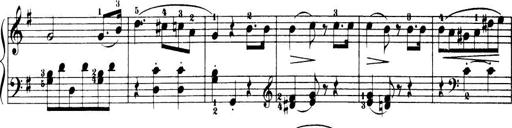
Title: 32 Sonatinas and Rondos for the Piano
Composer: Richard Kleinmichel